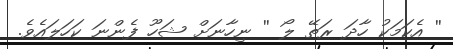
'' އެކަމަކު ހާދަ ރަތޭ ލޯ '' ނިހާނަށް ޝަހޫ ފެންނަ ކަހަލައެވެ.